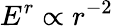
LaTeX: E^{r}\propto r^{-2}